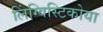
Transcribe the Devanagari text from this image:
लिंग्विस्टिकोया